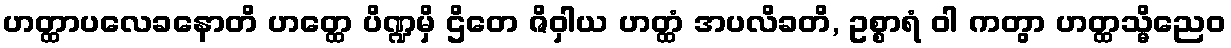
ဟတ္ထာပလေခနောတိ ဟတ္ထေ ပိဏ္ဍမှိ ဌိတေ ဇိဝှါယ ဟတ္ထံ အပလိခတိ, ဥစ္စာရံ ဝါ ကတွာ ဟတ္ထသ္မိညေဝ